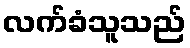
လက်ခံသူသည်